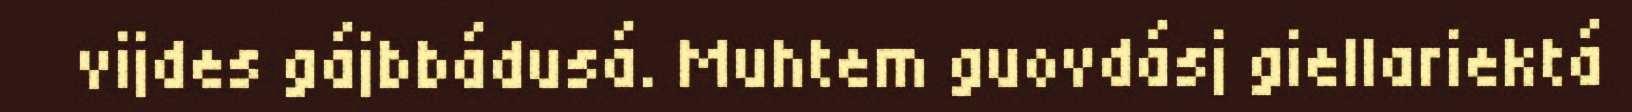
vijdes gájbbádusá. Muhtem guovdásj giellariektá